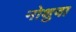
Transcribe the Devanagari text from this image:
नोशुवा